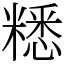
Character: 䊝